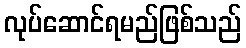
လုပ်ဆောင်ရမည်ဖြစ်သည်